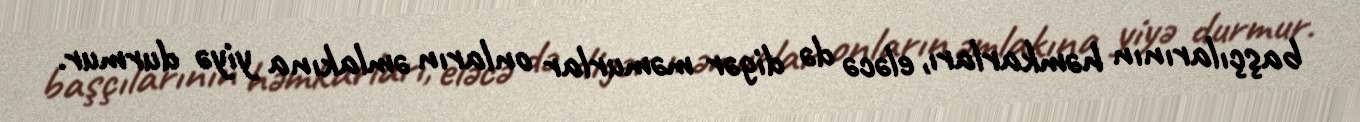
başçılarının həmkarları, eləcə də digər məmurlar onların əmlakına yiyə durmur.